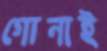
গোনাই